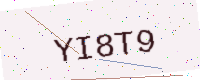
Text: YI8T9